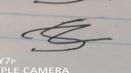
Signature authenticity: forged